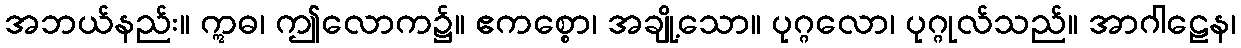
အဘယ်နည်း။ ဣဓ၊ ဤလောက၌။ ဧကစ္စော၊ အချို့သော။ ပုဂ္ဂလော၊ ပုဂ္ဂုလ်သည်။ အာဂါဠေန၊